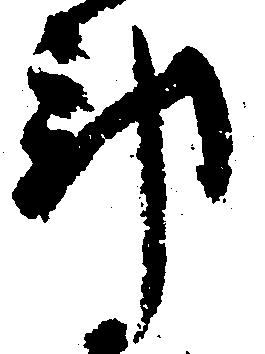
郡